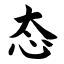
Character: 态